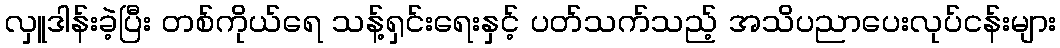
လှူဒါန်းခဲ့ပြီး တစ်ကိုယ်ရေ သန့်ရှင်းရေးနှင့် ပတ်သက်သည့် အသိပညာပေးလုပ်ငန်းများ